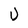
Character: U